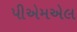
પીએમએલ